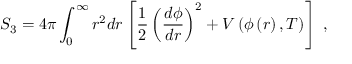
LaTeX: S _ { 3 } = 4 \pi \int _ { 0 } ^ { \infty } r ^ { 2 } d r \left[ \frac { 1 } { 2 } \left( \frac { d \phi } { d r } \right) ^ { 2 } + V \left( \phi \left( r \right) , T \right) \right] \ ,